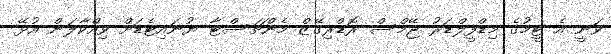
ވަނީ އެ ޓީމުގެ މިޑްފީލްޑަރު ޖޭމްސް ރޮޑްރިގޭޒް މެންޗަސްޓާ ޔުނައިޓެޑަށް ވިއްކާލަން އުޅޭ